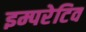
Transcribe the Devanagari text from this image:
इम्परेटिव